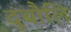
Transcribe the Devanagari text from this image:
दुबौलि